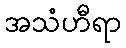
အသံဟီရာ